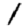
Digit: 1